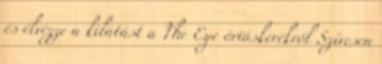
és élvezze a kilátást a The Eye óriáskerékről Szívesen